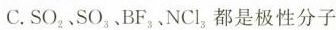
C. $$SO_{2}、SO_{3}、BF_{3},NCl_{3}$$ 都是极性分子